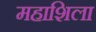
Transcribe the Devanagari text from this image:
महाशिला